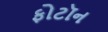
ફોટૉન